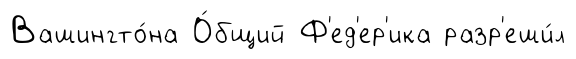
Вашингто́на О́бщий Ф'ед'ер'ика разр'еши́л